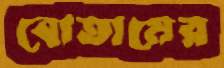
বোতামের